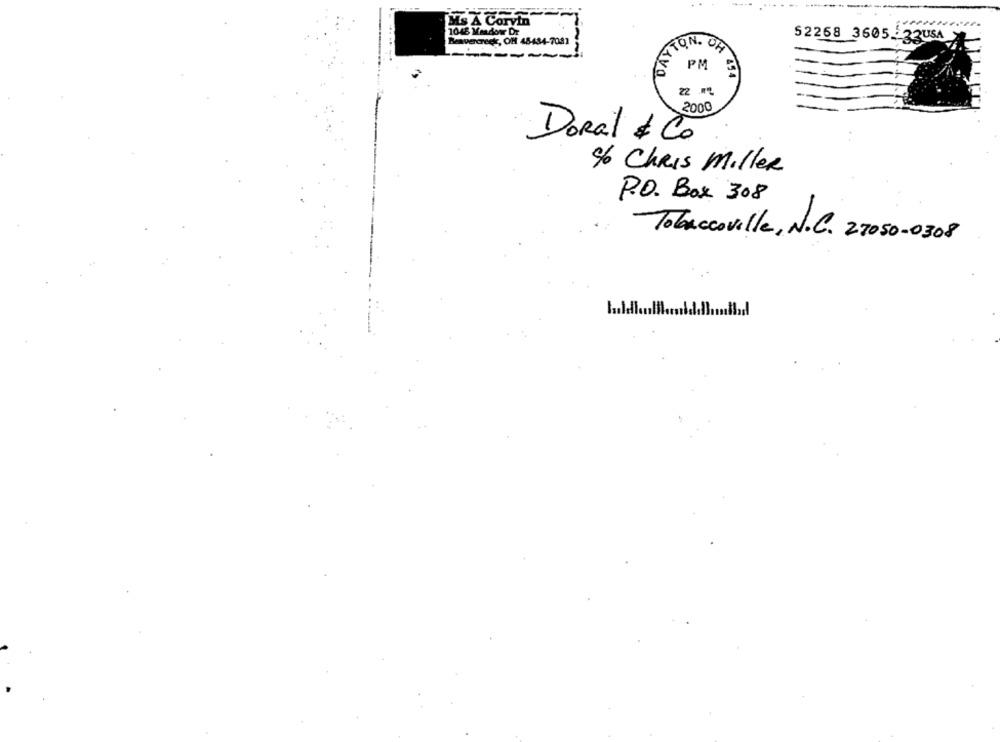
----
MS A Corvin
1045 Meadowr Dr
52268 3605 : 22USA
Beavercreek, OH 48-484-7081
DAY
TON. ON
L --------
PM
6H 454
22 .
2000
Doral & Co
% Chris Miller
P.O. Box 308
Tobaccoville, N.C. 27050-0308
..